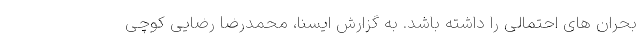
بحران های احتمالی را داشته باشد. به گزارش ایسنا، محمدرضا رضایی کوچی